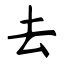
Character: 去